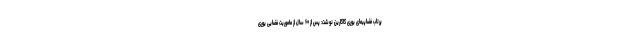
پرتاب فضاپیمای یوری گاگارین نوشت: پس از ۶۰ سال از ماموریت فضایی یوری